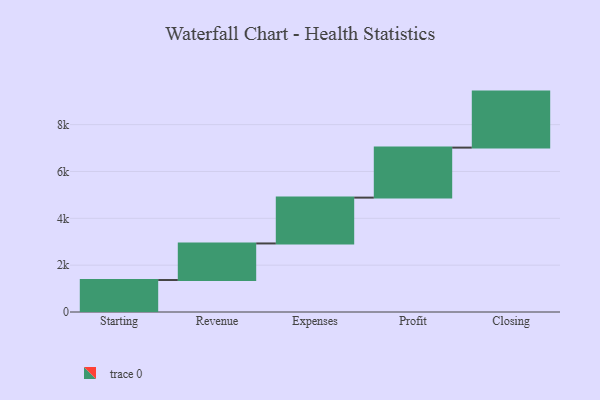
{"axis": {"x": "Step", "y": "Value"}, "legend": [""], "data": [{"x": "Starting", "y": 1365.0, "type": ""}, {"x": "Revenue", "y": 1562.0, "type": ""}, {"x": "Expenses", "y": 1957.0, "type": ""}, {"x": "Profit", "y": 2136.0, "type": ""}, {"x": "Closing", "y": 2391.0, "type": ""}]}